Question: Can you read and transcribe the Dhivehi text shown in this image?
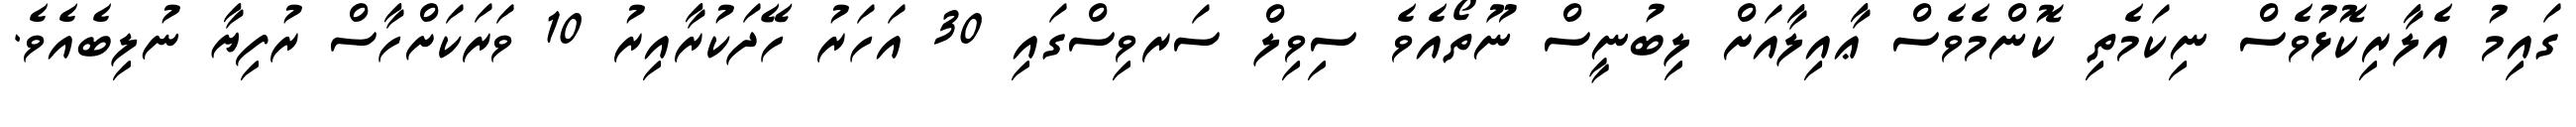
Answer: ގައިމު އެލާރިކޮޅުވެސް ނިކަމެތި ކޮންމެވެސް ޢާއިލާއަށް ލިބުނީސް ނޫތޯއެވެ ސިވިލް ސަރވިސްގައި 30 އަހަރު ހޭދަކުރާއިރު 10 ވަރަކަށްހާސް ރުފިޔާ ނުލިބެއެވެ.